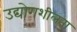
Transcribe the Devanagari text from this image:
उद्योगशीलता